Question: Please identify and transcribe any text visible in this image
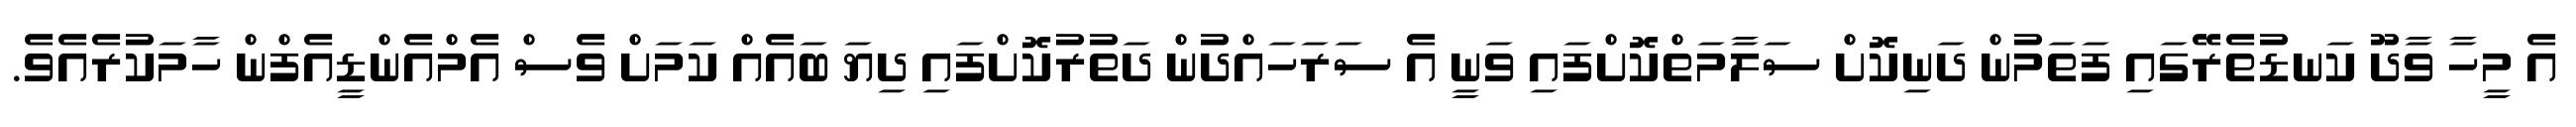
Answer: އެ މީހާ ވާދޫ ކަނޑުތެރޭގައި ފަތަމުން ދަނިކޮށް ސަލާމަތްކޮށްފައި ވަނީ އެ ސަރަހައްދުން ދަތުރުކޮށްފައި ދިޔަ ބައެއް ކަމަށް ވެސް އެމްއެންޑީއެފްން ހާމަކުރެއެވެ.